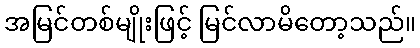
အမြင်တစ်မျိုးဖြင့် မြင်လာမိတော့သည်။